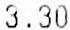
3.30